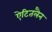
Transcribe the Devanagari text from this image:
ऐटितलैन